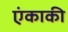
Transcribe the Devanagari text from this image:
एंकाकी